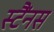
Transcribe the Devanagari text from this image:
स्टैंनस